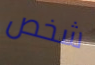
شخص